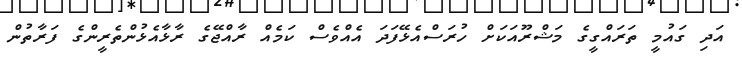
އަދި ގައުމީ ތަރައްގީގެ މަޝްރޫއަކަށް ހުރަސްއެޅޭފަދަ އެއްވެސް ކަމެއް ރާއްޖޭގެ ރާޅާއެޅުންތެރީންގެ ފަރާތުން